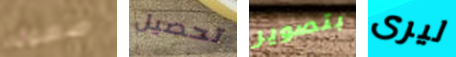
صعوبه تحصيل بتصوير ليرى